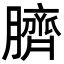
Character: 臍